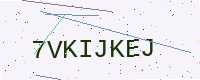
Text: 7VKIJKEJ